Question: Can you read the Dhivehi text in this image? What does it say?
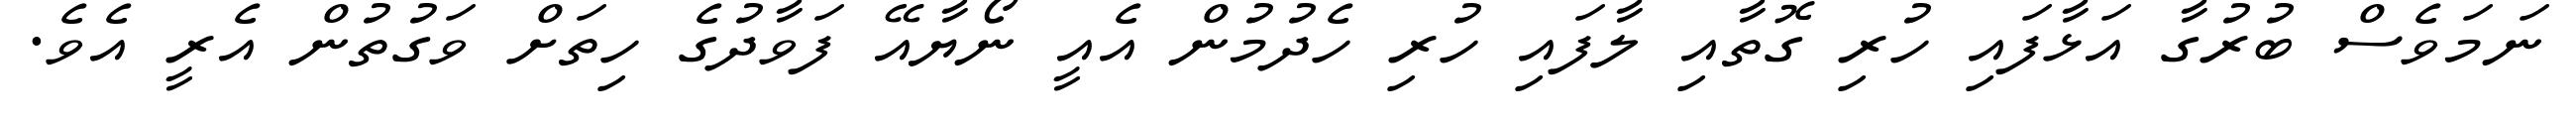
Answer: ނަމަވެސް ބުރުގާ އަޅާފައި ހުރި ގޮތާއި ލާފައި ހުރި ހެދުމުން އެއީ ނޯޔާއޭ ފަވާދުގެ ހިތަށް ވަގުތުން އެރީ އެވެ.